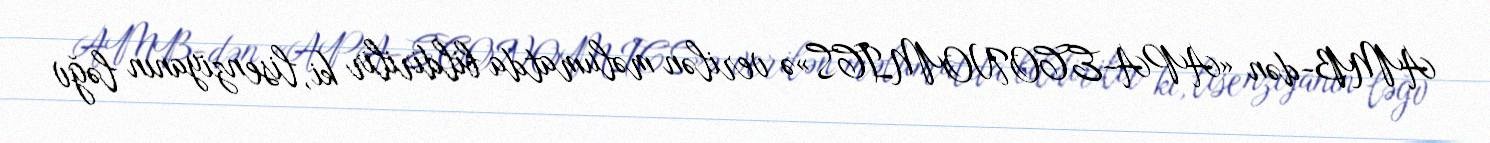
AMB-dən «APA-ECONOMICS»ə verilən məlumatda bildirilir ki, lisenziyanın ləğv